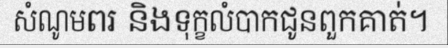
សំណូមពរ និងទុក្ខលំបាកជូនពួកគាត់។